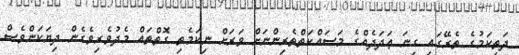
ދަތިކަމުގެ ތެރޭގައި ގިނަ ޢަދަދެއްގެ މަސައްކަތްތެރިންނަށް ވަރަށް ނިކަމެތި ގޮތްތައް މެދުވެރިވެގެން ދިޔަކަންވެސް